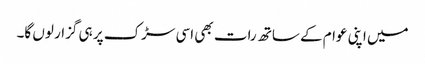
میں اپنی عوام کے ساتھ رات بھی اسی سڑک پر ہی گزار لوں گا۔